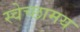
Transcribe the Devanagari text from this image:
स्वेच्छामय